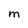
Character: M